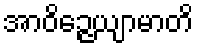
အာဝိဉ္ဇေယျာမာတိ